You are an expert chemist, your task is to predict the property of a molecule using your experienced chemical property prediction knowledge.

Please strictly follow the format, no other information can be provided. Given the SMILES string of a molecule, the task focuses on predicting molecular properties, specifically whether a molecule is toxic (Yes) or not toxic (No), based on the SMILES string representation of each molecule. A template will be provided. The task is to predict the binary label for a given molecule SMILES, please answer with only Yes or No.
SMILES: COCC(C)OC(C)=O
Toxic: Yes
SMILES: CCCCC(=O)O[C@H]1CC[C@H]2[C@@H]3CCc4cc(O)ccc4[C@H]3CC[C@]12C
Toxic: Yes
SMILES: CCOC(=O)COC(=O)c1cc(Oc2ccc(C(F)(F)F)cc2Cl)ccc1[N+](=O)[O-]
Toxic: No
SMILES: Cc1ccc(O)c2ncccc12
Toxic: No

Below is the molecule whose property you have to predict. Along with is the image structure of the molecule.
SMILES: O=C(O)CCc1nc2ccccc2[nH]1
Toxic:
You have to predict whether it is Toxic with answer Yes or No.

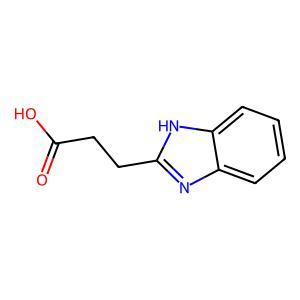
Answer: No